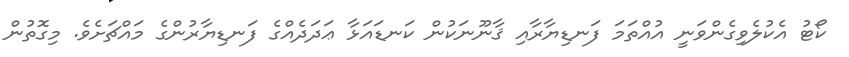
ކޯޓު އެކުލެވިގެންވަނީ އުއްތަމަ ފަނޑިޔާރާއި ޤާނޫނަކުން ކަނޑައަޅާ ޢަދަދެއްގެ ފަނޑިޔާރުންގެ މައްޗަށެވެ. މިގޮތުން